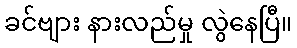
ခင်ဗျား နားလည်မှု လွဲနေပြီ။